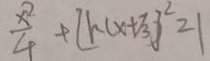
\frac { x ^ { 2 } } { 4 } + [ h ( x + \sqrt { 3 } ) ] ^ { 2 } = 1